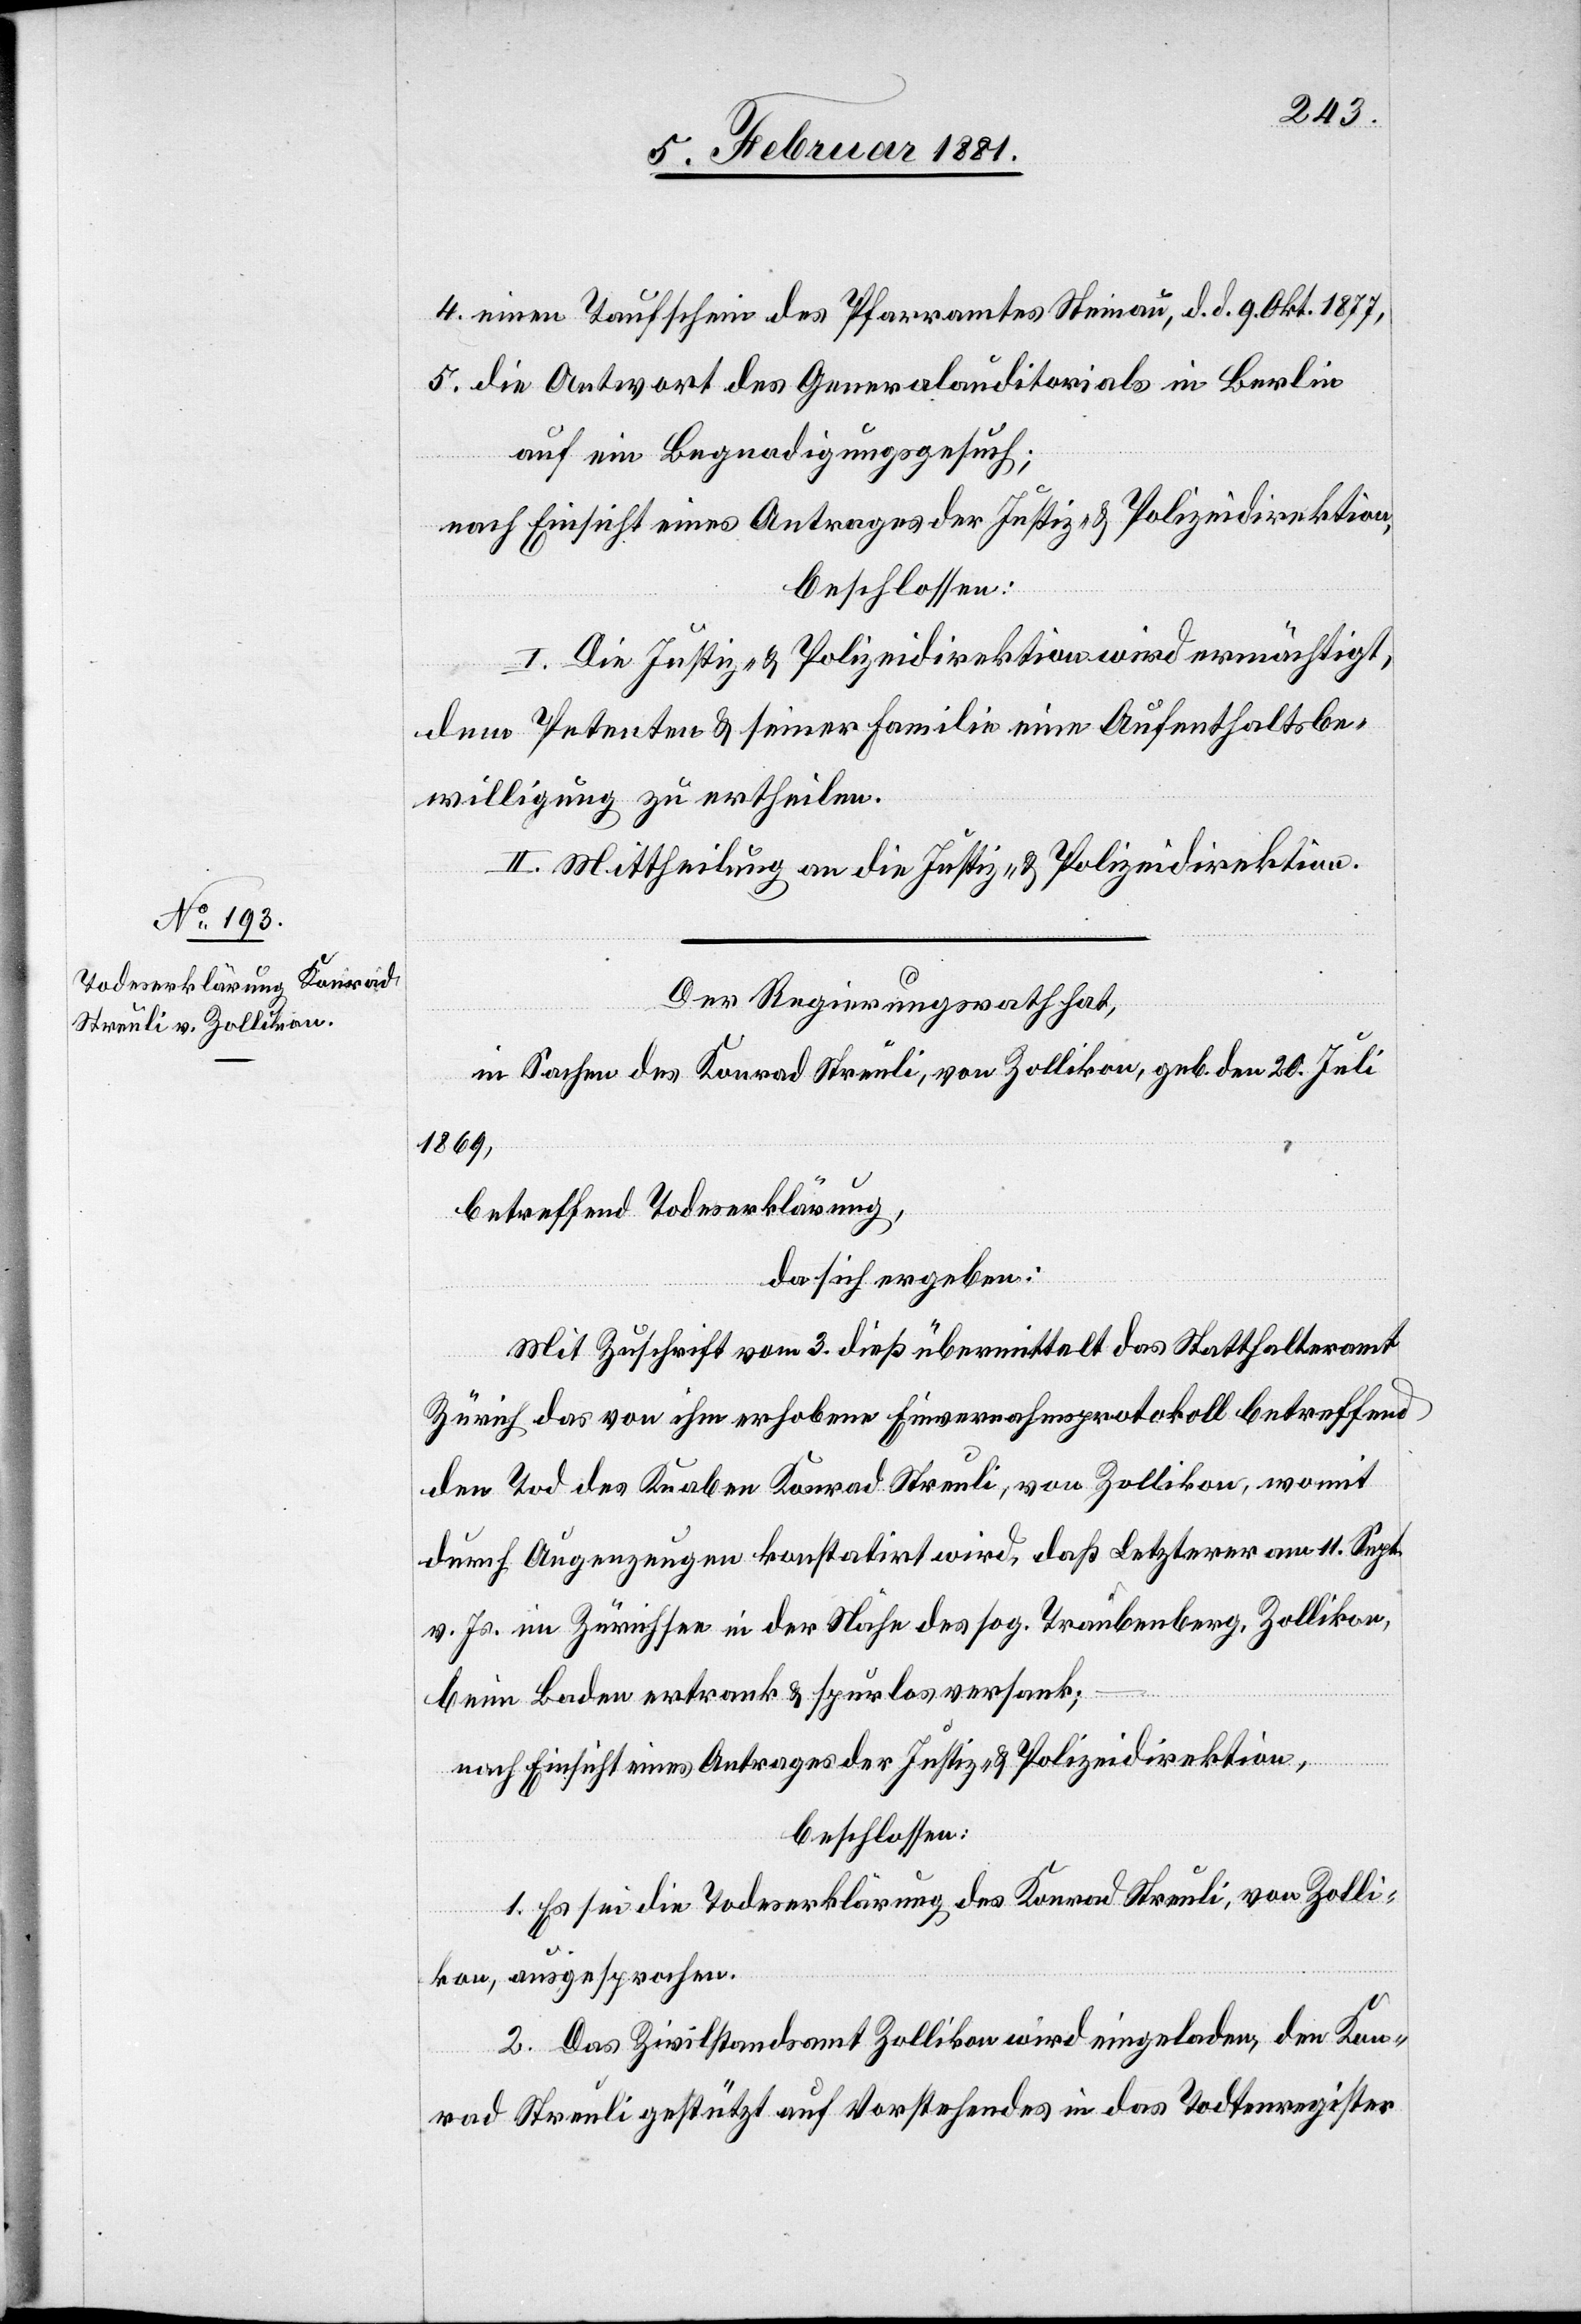
4. einen Taufschein des Pfarramtes Steinau, d. d. 9. Okt. 1877,
5. die Antwort des Generalauditorials in Berlin
auf ein Begnadigungsgesuch;
nach Einsicht eines Antrages der Justiz- & Polizeidirektion,
beschlossen:
I. Die Justiz- & Polizeidirektion wird ermächtigt,
dem Petenten & seiner Familie eine Aufenthaltsbe¬
willigung zu ertheilen.
II. Mittheilung an die Justiz- & Polizeidirektion.
Der Regierungsrath hat,
in Sachen des Konrad Streuli, von Zollikon, geb. den 20. Juli
1869
betreffend Toderklärung,
da sich ergeben:
Mit Zuschrift vom 3. dieß übermittelt das Statthalteramt
Zürich das von ihm erhobene Einvernahmeprotokoll betreffend
den Tod des Knaben Konrad Streuli, von Zollikon, womit
durch Augenzeugen konstatirt wird, daß Letzterer am 11. Sept.
v. Js. im Zürichsee in der Nähe des sog. Traubenberg, Zollikon,
beim Baden ertrank & spurlos versank;
nach Einsicht eines Antrages der Justiz- & Polizeidirektion,
beschlossen:
1. Es sei die Todeserklärung des Konrad Streuli, von Zolli¬
kon, ausgesprochen.
2. Das Zivilstandsamt Zollikon wird eingeladen, den Kon¬
rad Streuli gestützt auf Vorstehendes in das Todtenregister